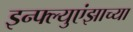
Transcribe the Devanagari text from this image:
इन्फ्ल्युएंझाच्या